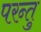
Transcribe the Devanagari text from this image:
परन्तु